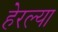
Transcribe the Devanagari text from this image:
हेरल्या